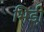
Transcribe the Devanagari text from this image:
भिडी़